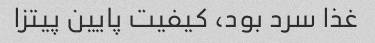
غذا سرد بود، کیفیت پایین پیتزا